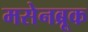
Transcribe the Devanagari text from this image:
मसेनब्रूक